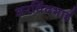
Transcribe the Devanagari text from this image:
अरविंदभाई